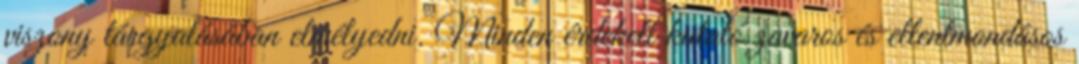
viszony tárgyalásában elmélyedni. Minden érdekelt kutató zavaros és ellentmondásos